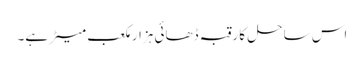
اس ساحل کا رقبہ ڈھائی ہزار مکعب میٹر ہے۔